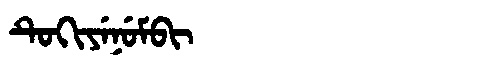
Manchu: ᡨᡠᡴᡳᠶᡝᠨᡠᠮᠪᡳ
Romanization: TUKIYENUMBI